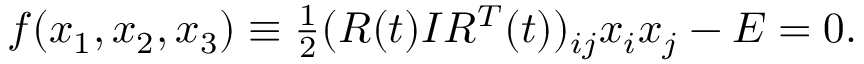
\begin{array} { r } { f ( x _ { 1 } , x _ { 2 } , x _ { 3 } ) \equiv \frac 1 2 ( R ( t ) I R ^ { T } ( t ) ) _ { i j } x _ { i } x _ { j } - E = 0 . } \end{array}